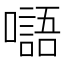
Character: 𡂂